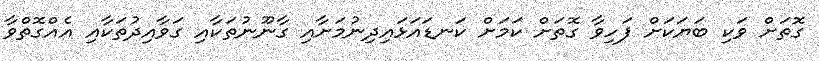
ގޮތަށް ވަކި ބަޔަކަށް ފަހިވާ ގޮތަށް ކަމަށް ކަނޑައަޅައިދިނުމަށާއި ގާނޫނުތަކާއި ގަވާއިދުތަކާއި އެއްގޮތްވާ